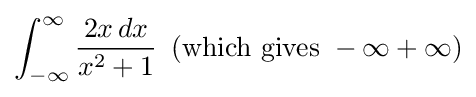
\int _{-\infty }^{\infty }{\frac {2x\,dx}{x^{2}+1}}{\ }\left({\mbox{which}}\ {\mbox{gives}}\ -\infty +\infty \right)